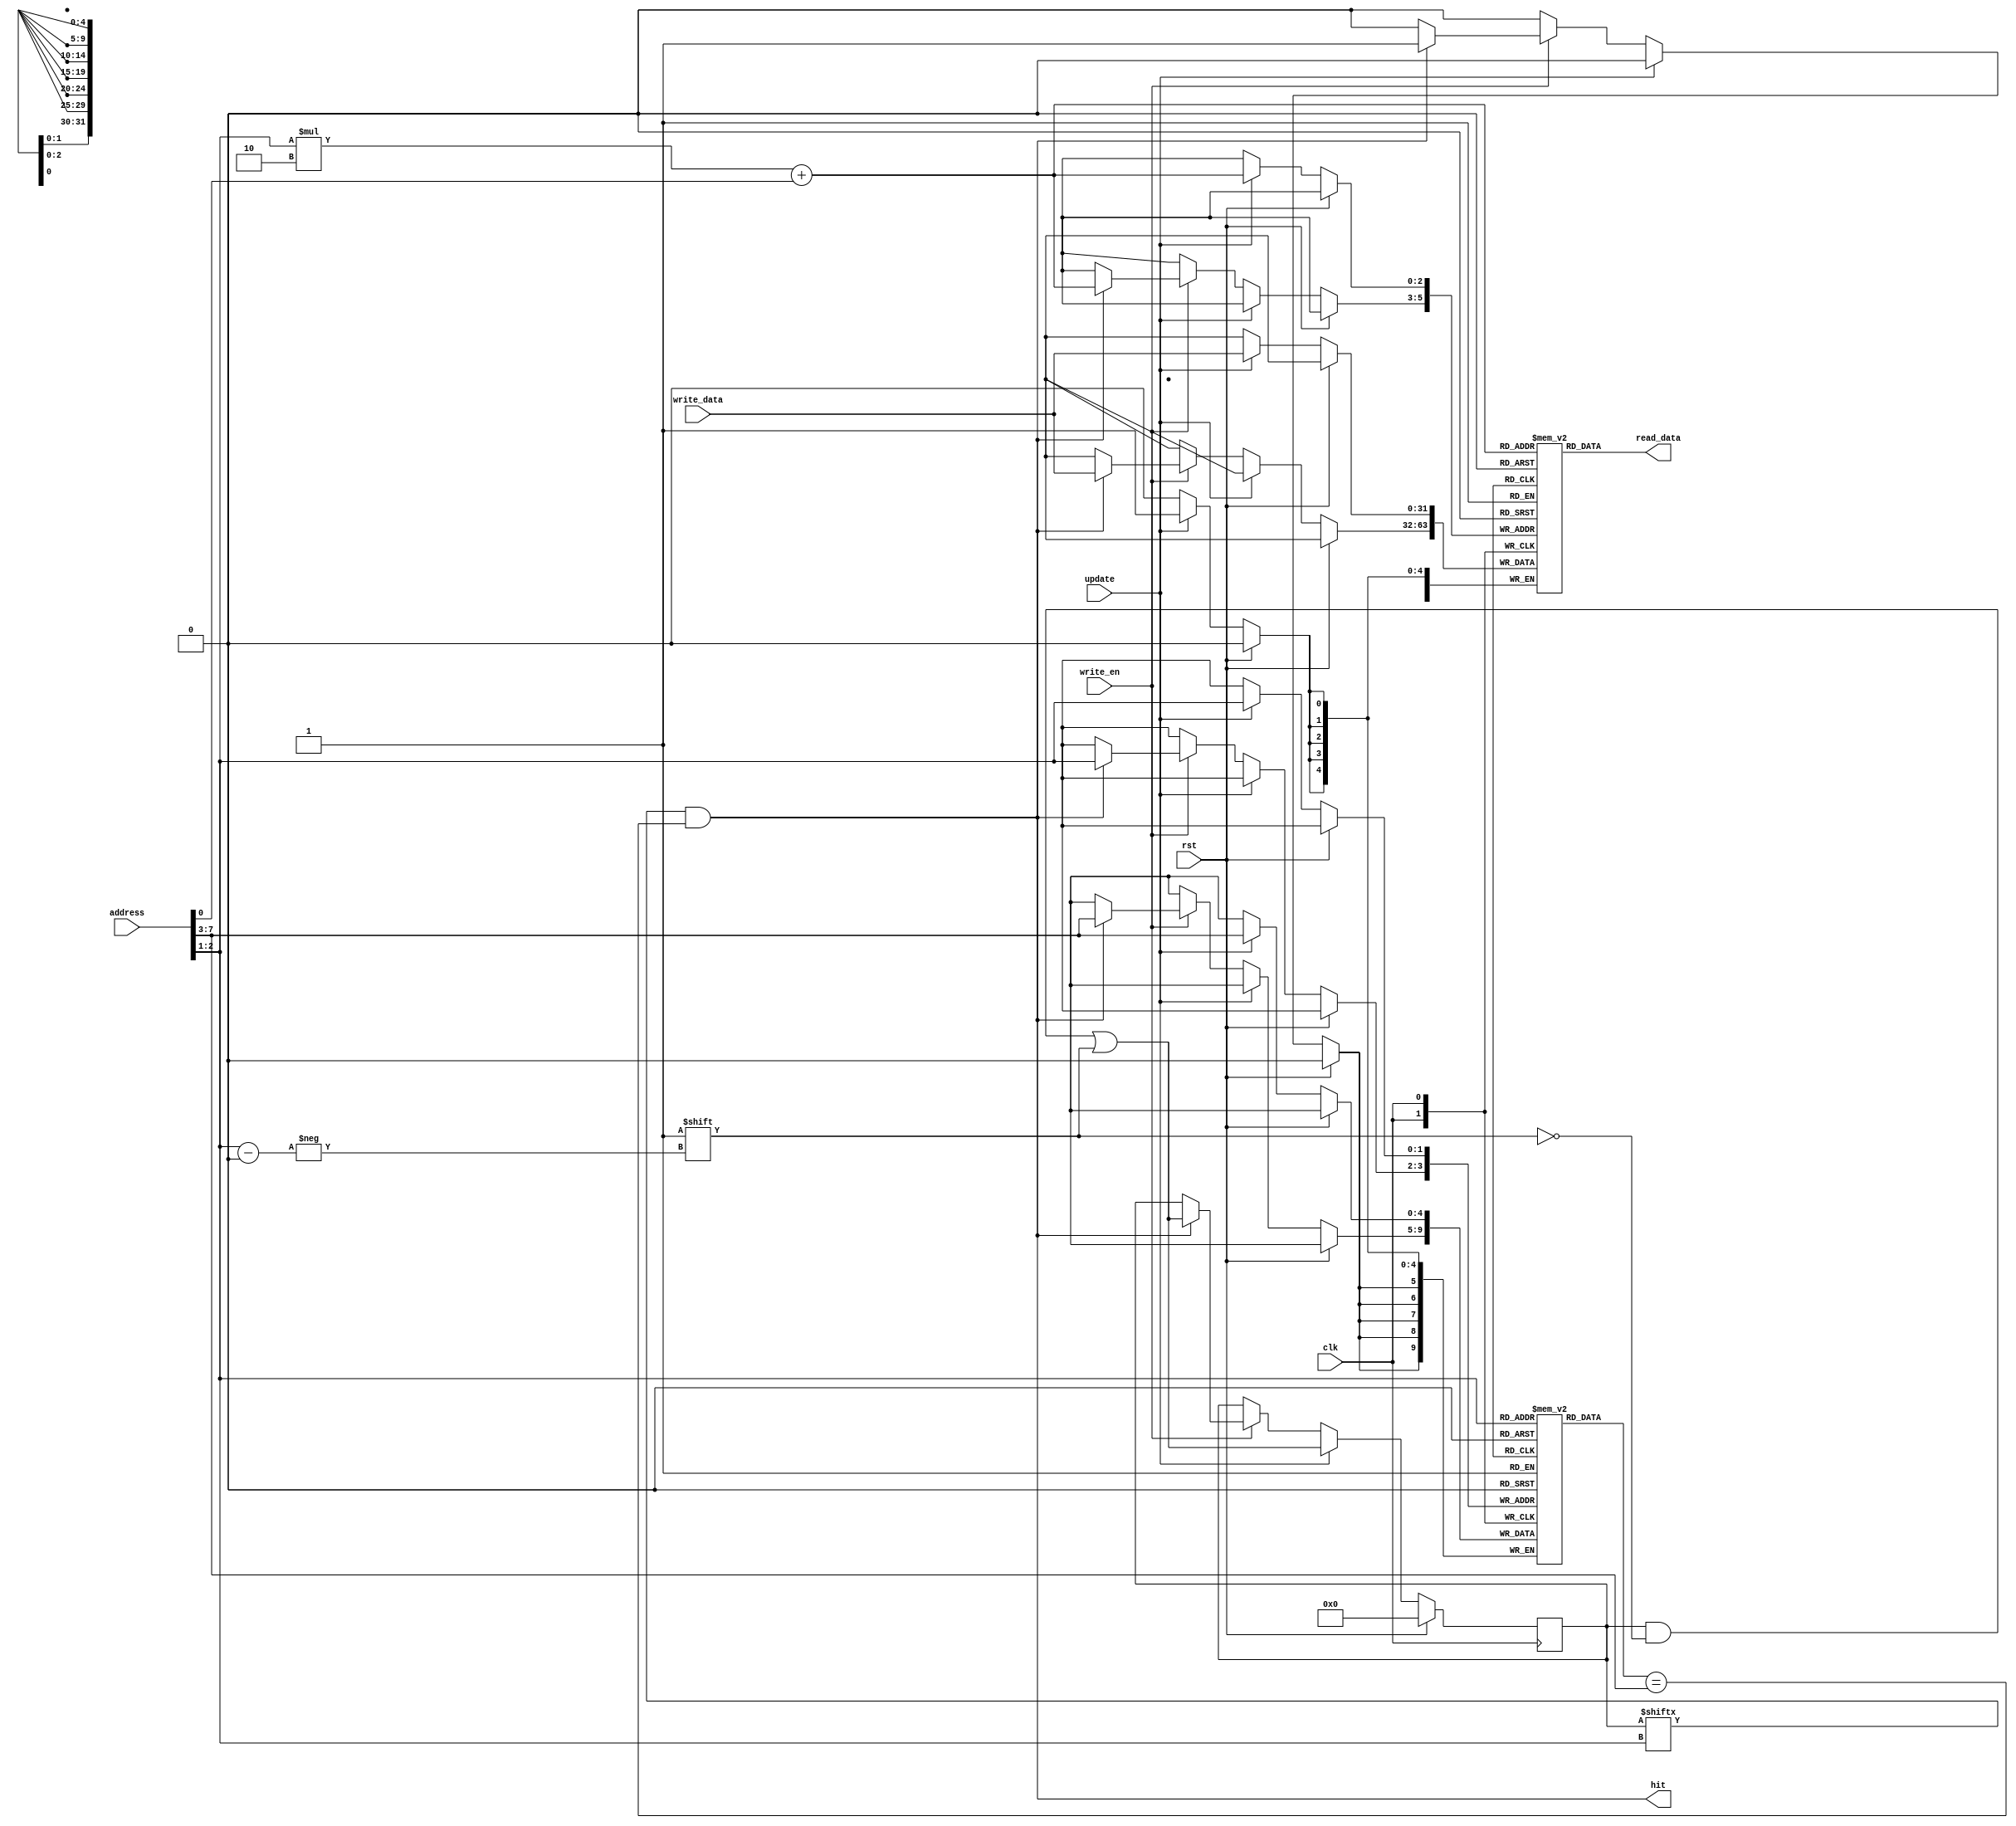
//////////////////////////////////////////////////////////////////////////////////
// 
//	GENERIC DIRECT-MAPPED CACHE MODEL WITH WRITE-THROUGH AND NO-WRITE-ALLOCATE
// 
//////////////////////////////////////////////////////////////////////////////////

// TODO: should have different read and write inputs for consistency?

module Cache #(
	parameter LOG_NUM_LINES = 2,		// number of lines (entries) in cache
	parameter LOG_NUM_BLOCKS = 1,		// number of blocks in each cache line
	parameter DATA_WIDTH = 32,
	parameter ADDR_WIDTH = 8)(
	input 						clk,
	input 						rst,
	input 						update,
	input 						write_en,
	input 	[DATA_WIDTH-1:0]	write_data,
	input 	[ADDR_WIDTH-1:0] 	address,
	output						hit,
	output	[DATA_WIDTH-1:0]	read_data
);

	localparam NUM_TAG_BITS = ADDR_WIDTH-LOG_NUM_LINES-LOG_NUM_BLOCKS;
	localparam NUM_LINES = 2**LOG_NUM_LINES;
	localparam NUM_BLOCKS = 2**LOG_NUM_BLOCKS;

	// valid bits of all data in cache
	reg [NUM_LINES-1:0] valid;
	
	// tags of all data in cache
	reg [NUM_TAG_BITS-1:0] tags[0:NUM_LINES-1];

	// actual cache storage. each cache line is of size (data width) * (num blocks)
	reg [DATA_WIDTH-1:0] cachemem[0:NUM_LINES-1][0:NUM_BLOCKS-1];

	// index, tag, block offset bits in requested address
	wire [NUM_TAG_BITS-1:0] tag = address[ADDR_WIDTH-1:ADDR_WIDTH-NUM_TAG_BITS];
	wire [LOG_NUM_BLOCKS-1:0] block_offset = address[LOG_NUM_BLOCKS-1:0];
	wire [LOG_NUM_LINES-1:0] index = address[LOG_NUM_LINES+LOG_NUM_BLOCKS-1:LOG_NUM_BLOCKS];

	// asynchronous read
	assign hit = valid[index] && tags[index]==tag;
	assign read_data = cachemem[index][block_offset];

	always @ (posedge clk) begin

		if (rst) begin
			valid <= 0;
		end // if (rst)

		else begin

			if (update) begin

				cachemem[index][block_offset] <= write_data;
				tags[index] <= tag;
				valid[index] <= 1'b1;
			
			end // if (update)

			// write in cache only if it is a hit
			else if (write_en) begin

				if(valid[index] && tags[index]==tag)
				begin
					cachemem[index][block_offset] <= write_data;
					tags[index] <= tag;
					valid[index] <= 1'b1;
				end

			end // if (write_en)
	
		end // else

	end // always @ (posedge clk)

endmodule